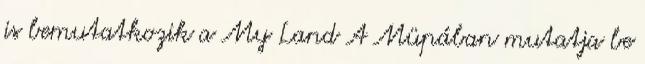
is bemutatkozik a My Land A Müpában mutatja be